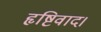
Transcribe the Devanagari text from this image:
हृष्टिवाद।